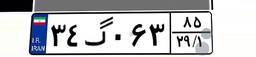
۳۴گ۰۶۳۸۵